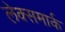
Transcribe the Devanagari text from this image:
लेक्समार्क